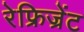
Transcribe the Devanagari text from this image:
रेफ्रिज्रेंट